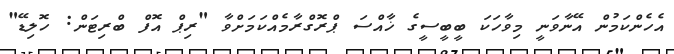
އެހެންކަމުން އޭނާވަނީ މިވާހަކަ ބީބީސީގެ ޚާއްސަ ޕްރޮގްރާމެއްކަމަށްވާ "ރިޕް އޮފް ބްރިޓަން: ހޮލިޑޭ"